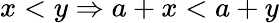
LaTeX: x<y\Rightarrow a+x<a+y